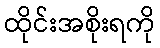
ထိုင်းအစိုးရကို